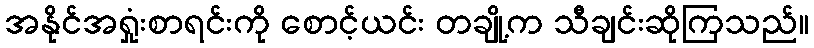
အနိုင်အရှုံးစာရင်းကို စောင့်ယင်း တချို့က သီချင်းဆိုကြသည်။